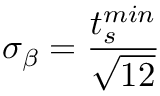
\sigma _ { \beta } = \frac { t _ { s } ^ { m i n } } { \sqrt { 1 2 } }